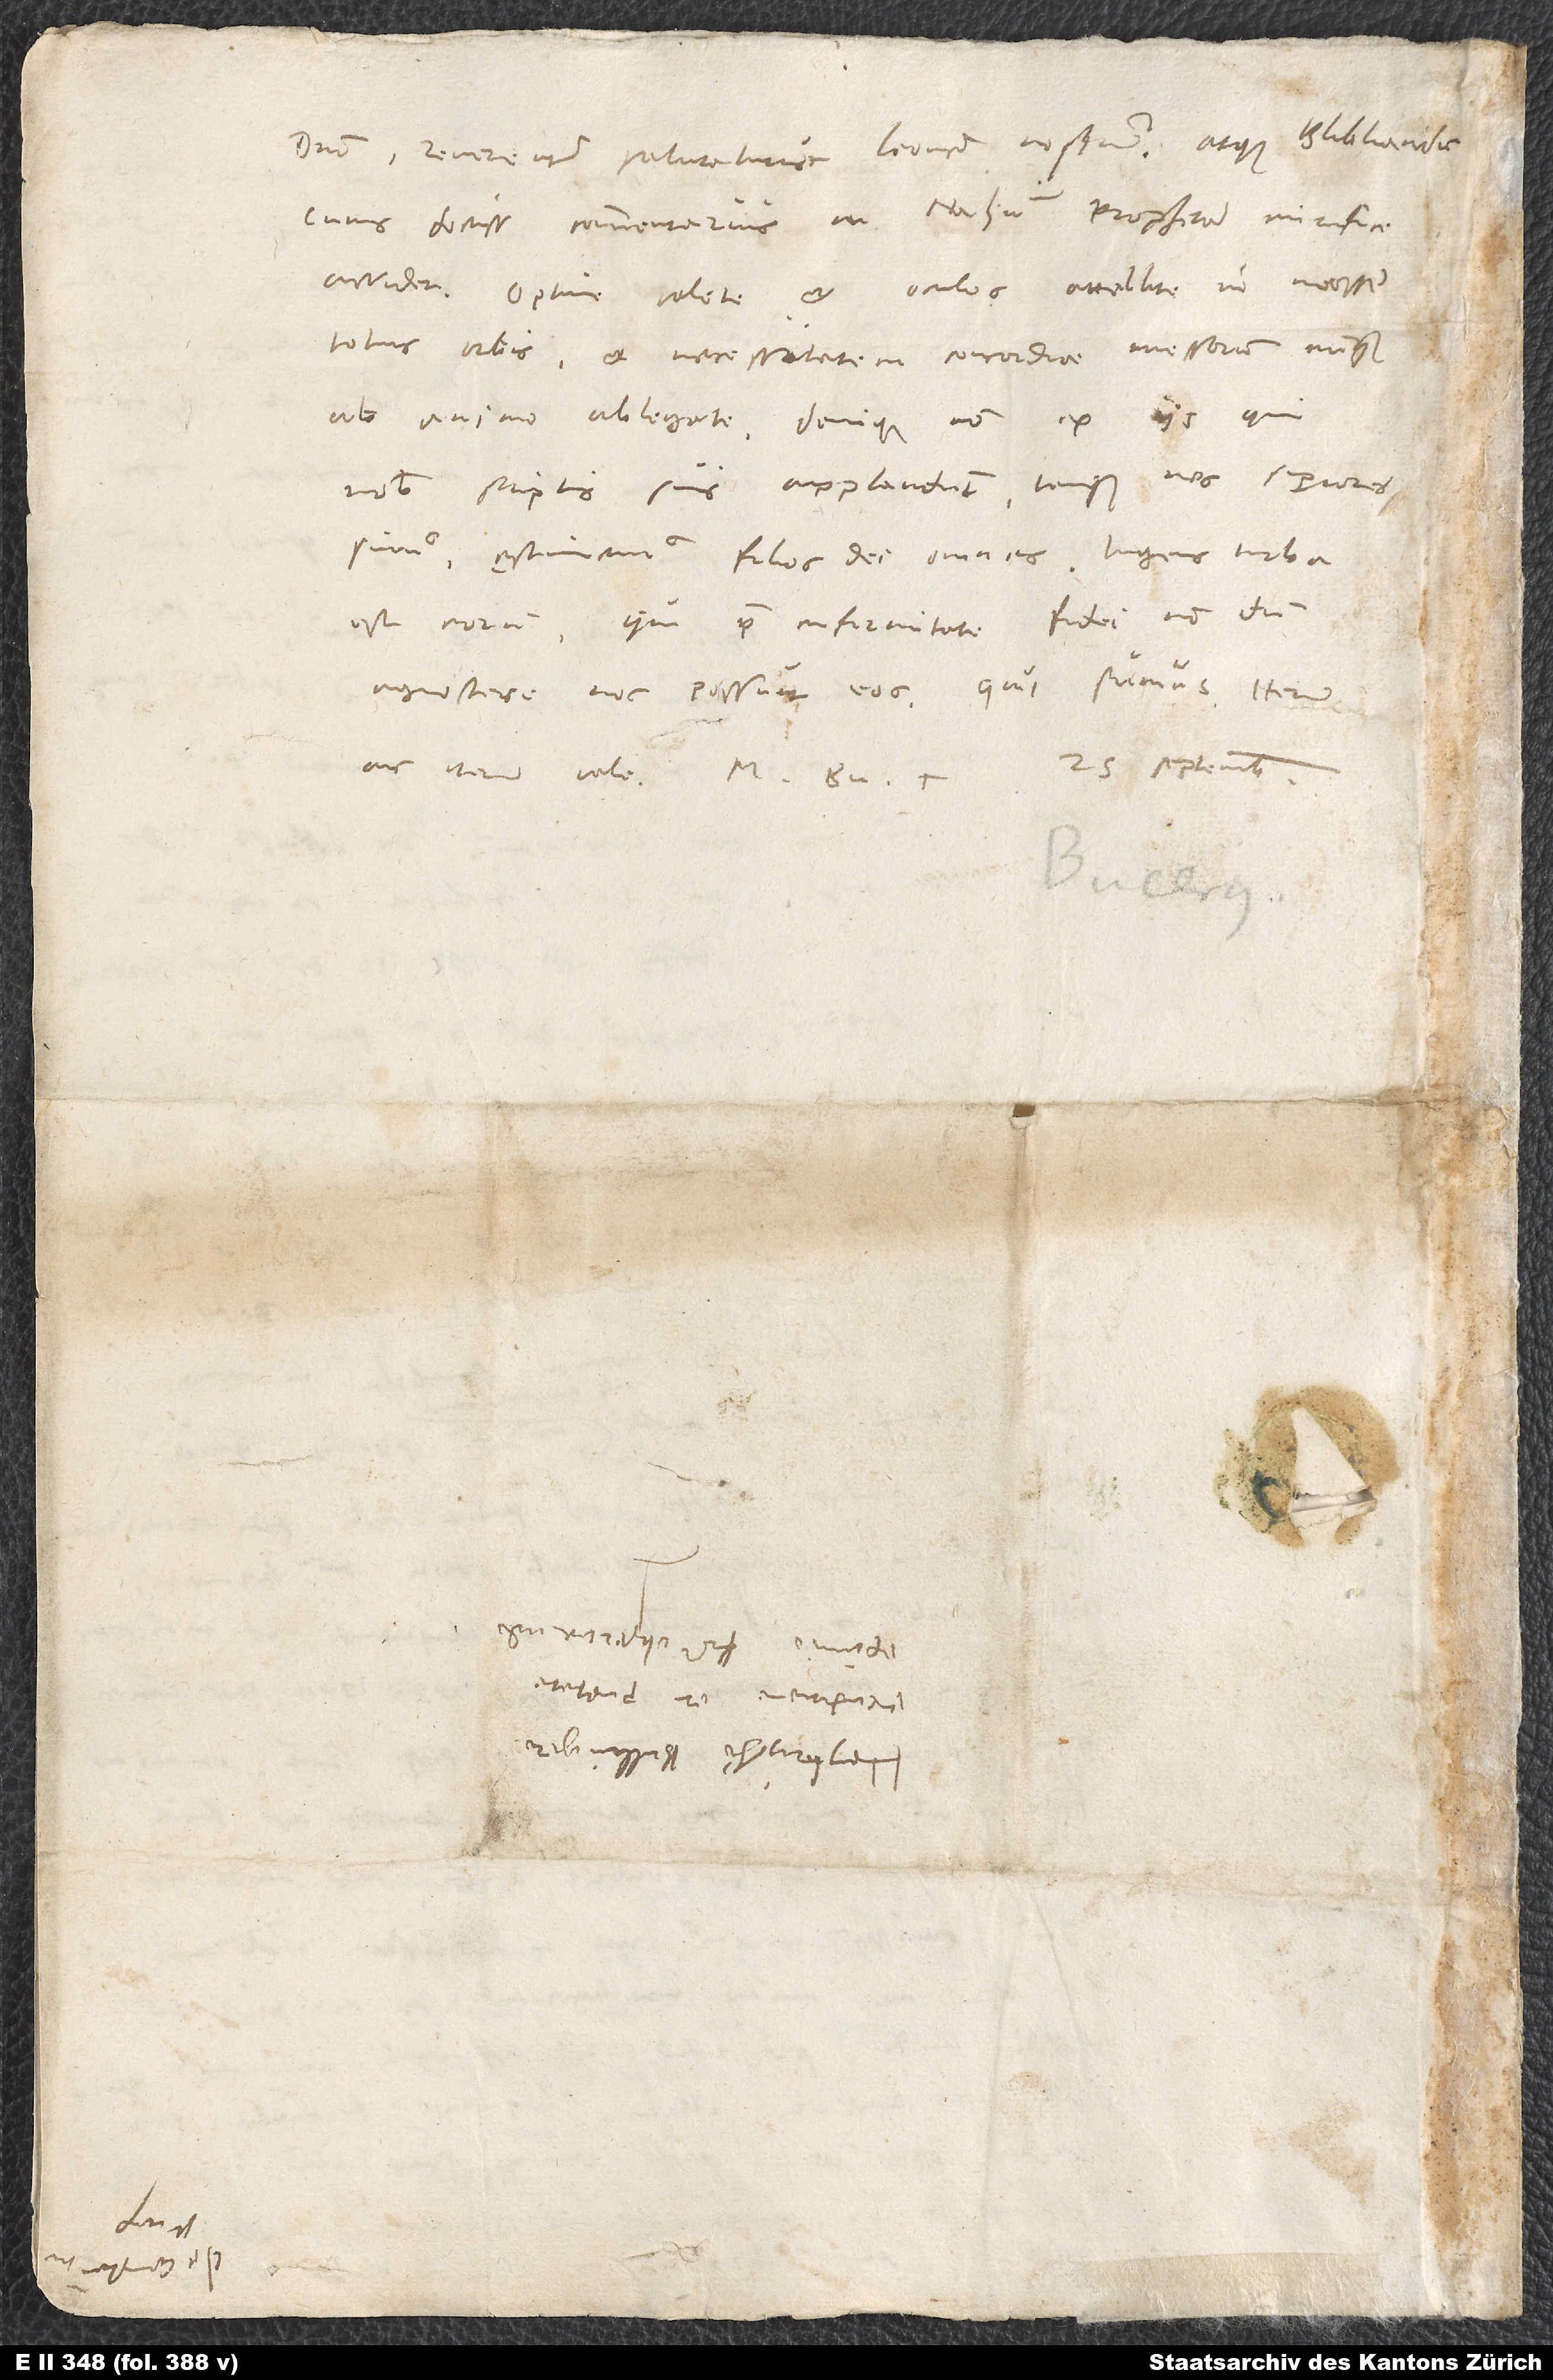
domino reverenter salutaturus Leonem nostrum atque Bibliandrum,
cuius doctissimus commentarius in Nahum prophetam mirifice
arridet. Optime valete et oculos attollite in messem
totius orbis et necessitatem concordiae messorum nunquam
ab animo ablegate. Denique non ex iis, qui
nobis scriptis suis applaudunt, tanquam nos superiores
simus, ęstimemus filios dei omnes. Ingens turba
est eorum, qui prae infirmitate fidei nondum
agnoscere nos possunt eos, qui sumus. Iterum